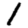
Digit: 1